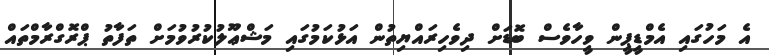
އެ މަހުގައި އެމްޑީޕީން ވީހާވެސް ބޮޑަށް ދިވެހިރައްޔިތުން އަޅުކަމުގައި މަޝްޢޫލުކުރުވުމަށް ތަފާތު ޕްރޮގްރާމްތައް